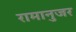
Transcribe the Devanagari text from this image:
रामानुजर